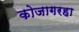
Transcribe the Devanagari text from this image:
कोजागरहा